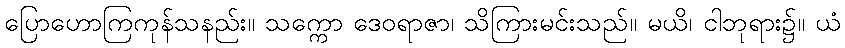
ပြောဟောကြကုန်သနည်း။ သက္ကော ဒေဝရာဇာ၊ သိကြားမင်းသည်။ မယိ၊ ငါဘုရား၌။ ယံ